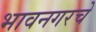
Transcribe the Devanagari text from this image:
भावनगरचे